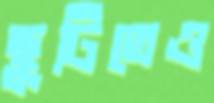
ছুটিতেও